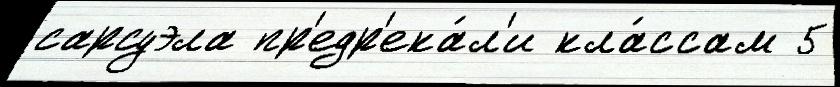
сарсуэла пр'едр'ека́л'и кла́ссам 5